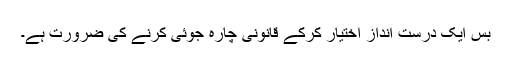
بس ایک درست انداز اختیار کرکے قانونی چارہ جوئی کرنے کی ضرورت ہے۔